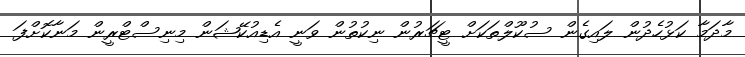
މާދަމާ ކަޅުހެދުން ލައިގެން ސުކޫލްތަކަށް ޓީޗަރުން ނިކުތުން ވަނީ އެޑިއުކޭޝަން މިނިސްޓްރީން މަނާކޮށްފަ